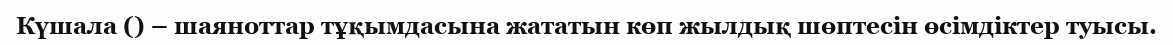
Күшала () – шаяноттар тұқымдасына жататын көп жылдық шөптесін өсімдіктер туысы.